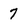
Character: 7